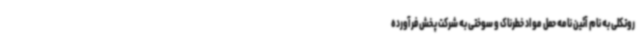
روتکلی به نام آئین نامه حمل مواد خطرناک و سوختی به شرکت پخش فرآورده